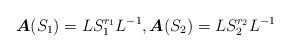
LaTeX: \begin{align*}\boldsymbol{A}(S_1)=LS^{r_1}_1 L^{-1},\boldsymbol{A}(S_2)=LS^{r_2}_2 L^{-1}\end{align*}